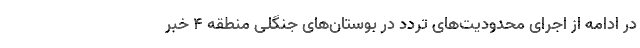
در ادامه از اجرای محدودیت‌های تردد در بوستان‌های جنگلی منطقه ۴ خبر